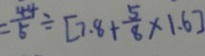
= \frac { 4 4 } { 5 } \div [ 7 . 8 + \frac { 5 } { 8 } \times 1 . 6 ]